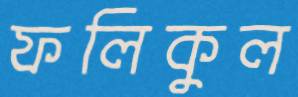
ফলিকুল